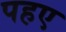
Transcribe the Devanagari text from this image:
पहए